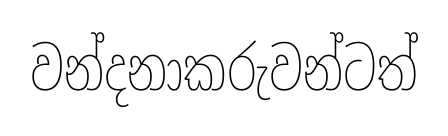
වන්දනාකරුවන්ටත්